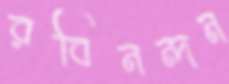
রবিনন্দন